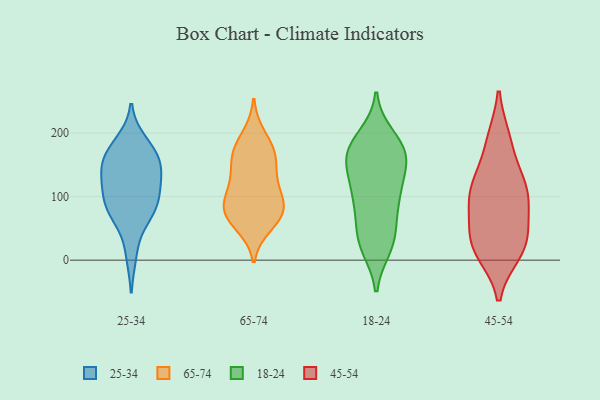
{"axis": {"x": "Temperature (°C)", "y": "Value"}, "legend": ["18-24", "25-34", "45-54", "65-74"], "data": [{"x": "", "y": 135, "type": "25-34"}, {"x": "", "y": 104, "type": "25-34"}, {"x": "", "y": 115, "type": "25-34"}, {"x": "", "y": 171, "type": "25-34"}, {"x": "", "y": 147, "type": "25-34"}, {"x": "", "y": 87, "type": "25-34"}, {"x": "", "y": 162, "type": "25-34"}, {"x": "", "y": 70, "type": "25-34"}, {"x": "", "y": 133, "type": "25-34"}, {"x": "", "y": 75, "type": "25-34"}, {"x": "", "y": 163, "type": "25-34"}, {"x": "", "y": 82, "type": "25-34"}, {"x": "", "y": 10, "type": "25-34"}, {"x": "", "y": 185, "type": "25-34"}, {"x": "", "y": 172, "type": "65-74"}, {"x": "", "y": 125, "type": "65-74"}, {"x": "", "y": 96, "type": "65-74"}, {"x": "", "y": 196, "type": "65-74"}, {"x": "", "y": 74, "type": "65-74"}, {"x": "", "y": 172, "type": "65-74"}, {"x": "", "y": 79, "type": "65-74"}, {"x": "", "y": 67, "type": "65-74"}, {"x": "", "y": 94, "type": "65-74"}, {"x": "", "y": 159, "type": "65-74"}, {"x": "", "y": 55, "type": "65-74"}, {"x": "", "y": 151, "type": "65-74"}, {"x": "", "y": 73, "type": "65-74"}, {"x": "", "y": 117, "type": "65-74"}, {"x": "", "y": 69, "type": "18-24"}, {"x": "", "y": 57, "type": "18-24"}, {"x": "", "y": 172, "type": "18-24"}, {"x": "", "y": 150, "type": "18-24"}, {"x": "", "y": 179, "type": "18-24"}, {"x": "", "y": 104, "type": "18-24"}, {"x": "", "y": 97, "type": "18-24"}, {"x": "", "y": 102, "type": "18-24"}, {"x": "", "y": 183, "type": "18-24"}, {"x": "", "y": 27, "type": "18-24"}, {"x": "", "y": 20, "type": "18-24"}, {"x": "", "y": 161, "type": "18-24"}, {"x": "", "y": 167, "type": "18-24"}, {"x": "", "y": 101, "type": "18-24"}, {"x": "", "y": 136, "type": "18-24"}, {"x": "", "y": 195, "type": "18-24"}, {"x": "", "y": 26, "type": "18-24"}, {"x": "", "y": 30, "type": "18-24"}, {"x": "", "y": 171, "type": "18-24"}, {"x": "", "y": 139, "type": "18-24"}, {"x": "", "y": 12, "type": "45-54"}, {"x": "", "y": 189, "type": "45-54"}, {"x": "", "y": 28, "type": "45-54"}, {"x": "", "y": 42, "type": "45-54"}, {"x": "", "y": 90, "type": "45-54"}, {"x": "", "y": 105, "type": "45-54"}, {"x": "", "y": 15, "type": "45-54"}, {"x": "", "y": 106, "type": "45-54"}, {"x": "", "y": 190, "type": "45-54"}, {"x": "", "y": 19, "type": "45-54"}, {"x": "", "y": 55, "type": "45-54"}, {"x": "", "y": 132, "type": "45-54"}, {"x": "", "y": 94, "type": "45-54"}, {"x": "", "y": 126, "type": "45-54"}]}